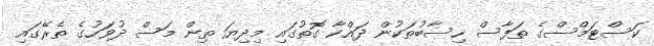
ކަސްޓަމްސްގެ ތަފާސް ހިސާބުތަކުން ދައްކާ ގޮތުގައި މިދިޔަ ތިން މަސް ދުވަހުގެ ތެރޭގައި